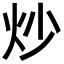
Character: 炒